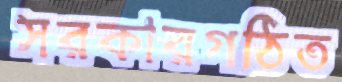
সরকারগঠিত